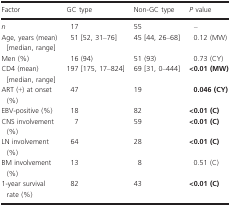
<table><thead><tr><td><b>Factor</b></td><td><b>GC type</b></td><td><b>Non-GC type</b></td><td><b><i>P</i> value</b></td></tr></thead><tbody><tr><td><i>n</i></td><td>17</td><td>55</td><td>–</td></tr><tr><td>Age, years (mean) [median, range]</td><td>51 [52, 31–76]</td><td>45 [44, 26–68]</td><td>0.12 (MW)</td></tr><tr><td>Men (%)</td><td>16 (94)</td><td>51 (93)</td><td>0.73 (CY)</td></tr><tr><td>CD4 (mean) [median, range]</td><td>197 [175, 17–824]</td><td>69 [31, 0–444]</td><td><b>&lt;0.01 (MW)</b></td></tr><tr><td>ART (+) at onset (%)</td><td>47</td><td>19</td><td><b>0.046 (CY)</b></td></tr><tr><td>EBV-positive (%)</td><td>18</td><td>82</td><td><b>&lt;0.01 (C)</b></td></tr><tr><td>CNS involvement (%)</td><td>7</td><td>59</td><td><b>&lt;0.01 (C)</b></td></tr><tr><td>LN involvement (%)</td><td>64</td><td>28</td><td><b>&lt;0.01 (C)</b></td></tr><tr><td>BM involvement (%)</td><td>13</td><td>8</td><td>0.51 (C)</td></tr><tr><td>1-year survival rate (%)</td><td>82</td><td>43</td><td><b>&lt;0.01 (C)</b></td></tr></tbody></table>